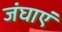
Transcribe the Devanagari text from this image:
जंघाएं